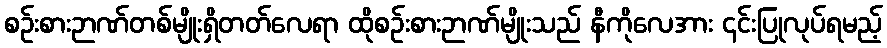
စဉ်းစားဉာဏ်တစ်မျိုးရှိတတ်လေရာ ထိုစဉ်းစားဉာဏ်မျိုးသည် နီကိုလေအား ၎င်းပြုလုပ်ရမည့်